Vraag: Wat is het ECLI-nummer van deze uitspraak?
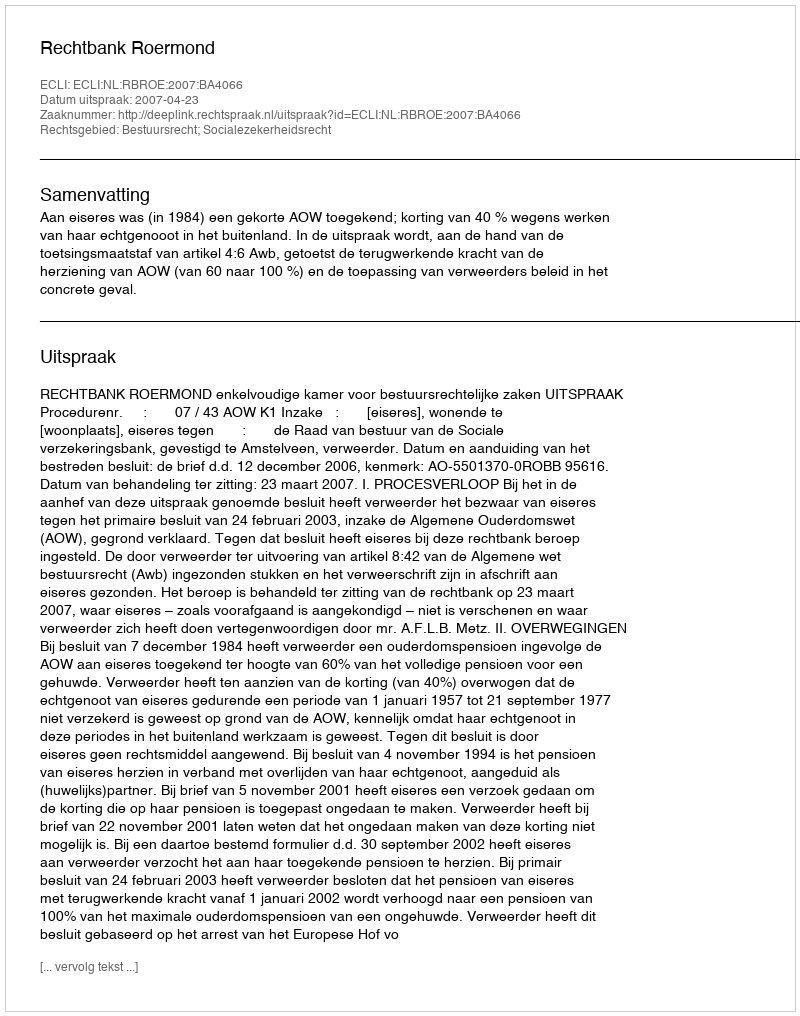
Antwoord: ECLI:NL:RBROE:2007:BA4066